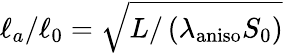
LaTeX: \ell_{a}/\ell_{0}=\sqrt{L/\left(\lambda_{\mathrm{aniso}}S_{0}\right)}